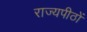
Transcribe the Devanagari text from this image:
राज्यपीठों